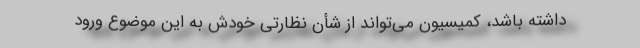
داشته باشد، کمیسیون می‌تواند از شأن نظارتی خودش به این موضوع ورود